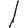
Digit: 1